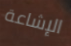
الإشاعة